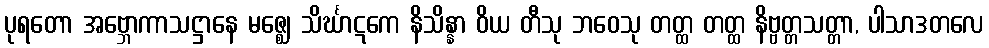
ပုရတော အဗ္ဘောကာသဋ္ဌာနေ မဇ္ဈေ သိင်္ဃာဋကေ နိသိန္နာ ဝိယ တီသု ဘဝေသု တတ္ထ တတ္ထ နိဗ္ဗတ္တသတ္တာ, ပါသာဒတလေ